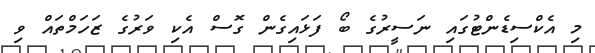
މި އެކްސިޑެންޓުގައި ނަސީރުގެ ބޯ ފަޅައިގެން ގޮސް އެކި ވަރުގެ ޒަހަމްތައް ވި